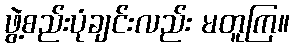
ဖွဲ့စည်းပုံချင်းလည်း မတူကြ။